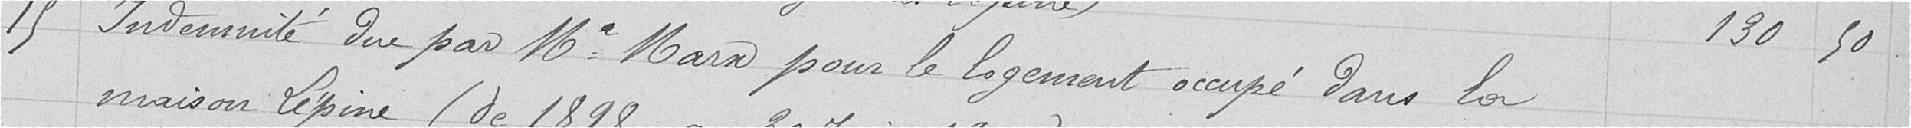
15 Indemnité due par Monsieur Marx pour le logement occupé dans la 130,50